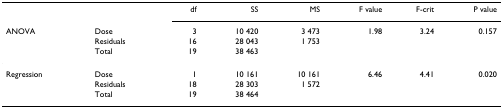
<table><thead><tr><td></td><td></td><td><b>df</b></td><td><b>SS</b></td><td><b>MS</b></td><td><b>F value</b></td><td><b>F-crit</b></td><td><b>P value</b></td></tr><tr><td><b>ANOVA</b></td><td><b>Dose</b></td><td><b>3</b></td><td><b>10 420</b></td><td><b>3 473</b></td><td><b>1.98</b></td><td><b>3.24</b></td><td><b>0.157</b></td></tr><tr><td></td><td><b>Residuals</b></td><td><b>16</b></td><td><b>28 043</b></td><td><b>1 753</b></td><td></td><td></td><td></td></tr><tr><td></td><td><b>Total</b></td><td><b>19</b></td><td><b>38 463</b></td><td></td><td></td><td></td><td></td></tr></thead><tbody><tr><td>Regression</td><td>Dose</td><td>1</td><td>10 161</td><td>10 161</td><td>6.46</td><td>4.41</td><td>0.020</td></tr><tr><td></td><td>Residuals</td><td>18</td><td>28 303</td><td>1 572</td><td></td><td></td><td></td></tr><tr><td></td><td>Total</td><td>19</td><td>38 464</td><td></td><td></td><td></td><td></td></tr></tbody></table>